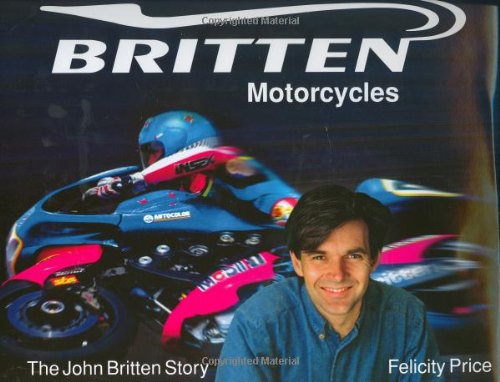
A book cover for Britten Motorcycles: The John Britten Story; Felicity Price; Arts & Photography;